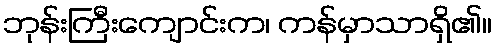
ဘုန်းကြီးကျောင်းက၊ ကန်မှာသာရှိ၏။